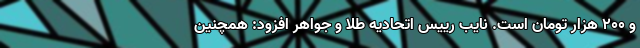
و 200 هزار تومان است. نایب رییس اتحادیه طلا و جواهر افزود: همچنین